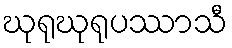
ဃုရုဃုရုပဿာသီ